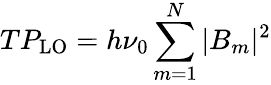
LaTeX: TP_{\mathrm{LO}}=h\nu_{0}\sum_{m=1}^{N}|B_{m}|^{2}